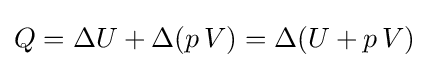
Q=\Delta U+\Delta (p\,V)=\Delta (U+p\,V)